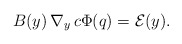
\begin{align*} B(y) \, \nabla_y \, c \Phi(q) = \mathcal{E}(y).\end{align*}